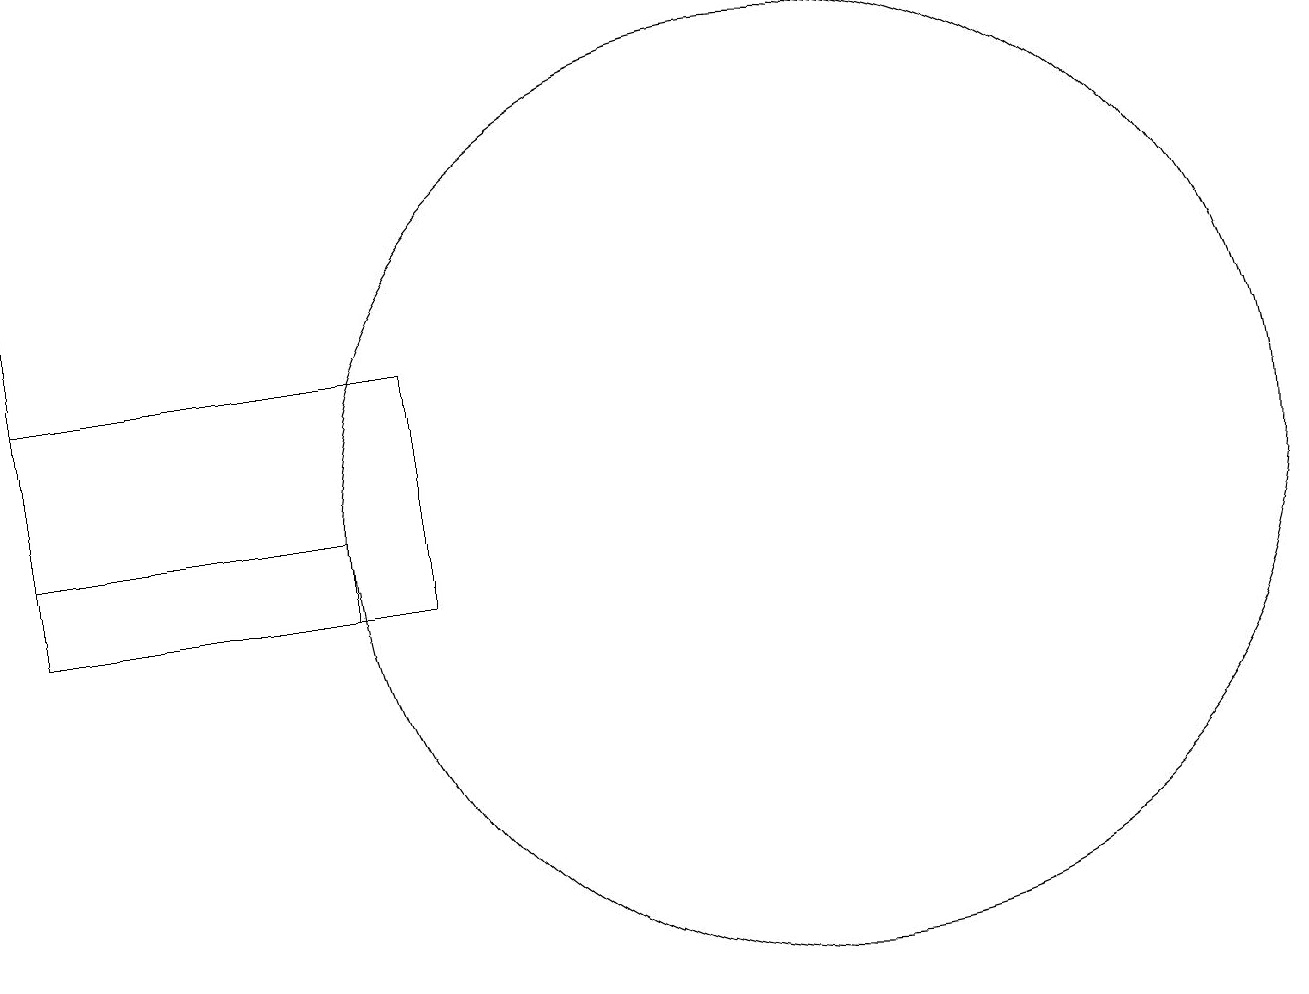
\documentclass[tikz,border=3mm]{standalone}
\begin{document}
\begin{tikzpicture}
\draw (7,11) rectangle (2,14);
\draw (2,11) rectangle (6,12);
\draw (12,12) circle (6);
\draw (2,17) rectangle (2,14);
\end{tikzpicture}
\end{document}